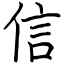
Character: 信